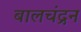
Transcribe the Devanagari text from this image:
बालचंद्रन